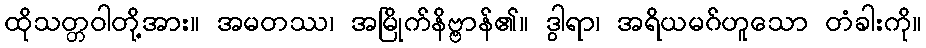
ထိုသတ္တဝါတို့အား။ အမတဿ၊ အမြိုက်နိဗ္ဗာန်၏။ ဒွါရာ၊ အရိယမဂ်ဟူသော တံခါးကို။